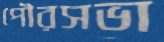
পৌরসভা